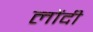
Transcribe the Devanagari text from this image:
लोंदी